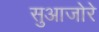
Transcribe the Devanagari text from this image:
सुआजोरे